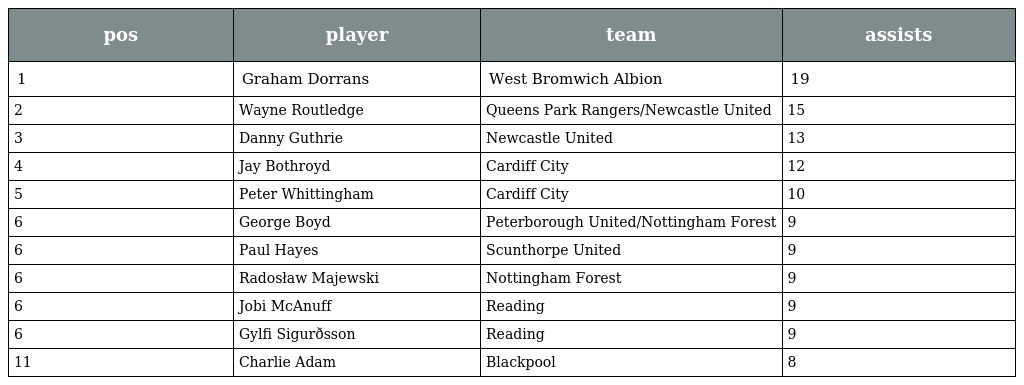
| pos | player | team | assists |
 | --- | --- | --- | --- |
 | 1 | Graham Dorrans | West Bromwich Albion | 19 |
 | 2 | Wayne Routledge | Queens Park Rangers/Newcastle United | 15 |
 | 3 | Danny Guthrie | Newcastle United | 13 |
 | 4 | Jay Bothroyd | Cardiff City | 12 |
 | 5 | Peter Whittingham | Cardiff City | 10 |
 | 6 | George Boyd | Peterborough United/Nottingham Forest | 9 |
 | 6 | Paul Hayes | Scunthorpe United | 9 |
 | 6 | Radosław Majewski | Nottingham Forest | 9 |
 | 6 | Jobi McAnuff | Reading | 9 |
 | 6 | Gylfi Sigurðsson | Reading | 9 |
 | 11 | Charlie Adam | Blackpool | 8 |